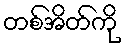
တစ်အိတ်ကို